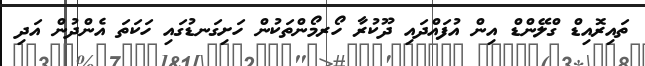
ތައިރޮއިޑް ގްލޭންޑް އިން އުފައްދައި ދޫކުރާ ހޯރމޯންތަކުން ހަށިގަނޑުގައި ހަކަތަ އެންދުން އަދި